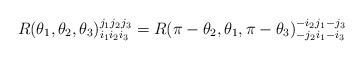
LaTeX: \begin{align*}R(\theta_1,\theta_2,\theta_3)^{j_1j_2j_3}_{i_1i_2i_3}=R(\pi-\theta_2,\theta_1,\pi-\theta_3)^{-i_2j_1-j_3}_{-j_2i_1-i_3}\end{align*}